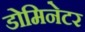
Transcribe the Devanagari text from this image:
डोमिनेटर